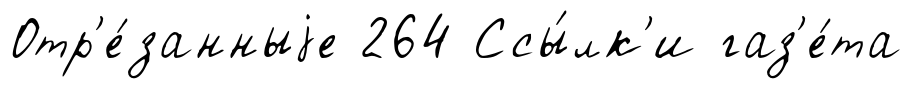
Отр'е́занныjе 264 Ссы́лк'и газ'е́та